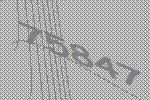
75847